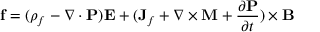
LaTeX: \mathbf { f } = ( \rho _ { f } - \nabla \cdot \mathbf { P } ) \mathbf { E } + ( \mathbf { J } _ { f } + \nabla \times \mathbf { M } + { \frac { \partial \mathbf { P } } { \partial t } } ) \times \mathbf { B }